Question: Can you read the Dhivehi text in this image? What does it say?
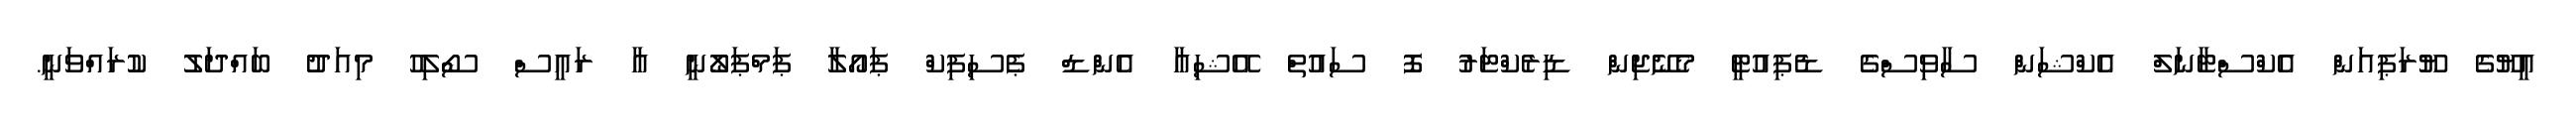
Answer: އީޔޫގެ ޔޫރަޕިއަން އެކްސްޓާނަލް އެކްޝަން ސާވިސްގެ ޑެޕިއުޓީ މެނޭޖިން ޑިރެކްޓަރު ފޮ ސައުތް އޭޝިއާ އެންޑް ޕެސިފިކް ޕައޯލާ ޕަމްޕަލޯނީ އާ ރައީސް ސޯލިހު މިއަދު ބައްދަލު ކުރައްވަނީ.